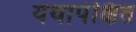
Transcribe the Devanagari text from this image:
यथापेक्षित